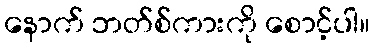
နောက် ဘတ်စ်ကားကို စောင့်ပါ။